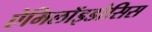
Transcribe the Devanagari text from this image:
ऐमिलॉइडोसिस